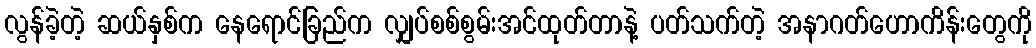
လွန်ခဲ့တဲ့ ဆယ်နှစ်က နေရောင်ခြည်က လျှပ်စစ်စွမ်းအင်ထုတ်တာနဲ့ ပတ်သက်တဲ့ အနာဂတ်ဟောကိန်းတွေကို